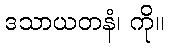
ဒသာယတနံ၊ ကို။